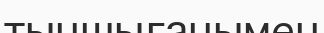
тыншығанымен